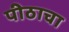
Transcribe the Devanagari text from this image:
पीठाचा